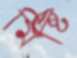
মিষ্টি